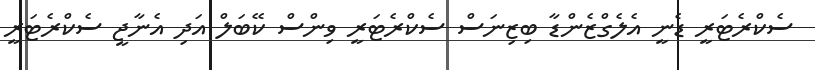
ސެކްރެޓަރީ ޑެނީ އެލެގްޒެންޑާ ބިޒިނަސް ސެކްރެޓަރީ ވިންސް ކޭބަލް އަދި އެނާޖީ ސެކްރެޓަރީ